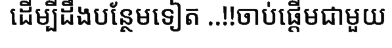
ដើម្បីដឹងបន្ថែមទៀត ..!!ចាប់ផ្តើមជាមួយ